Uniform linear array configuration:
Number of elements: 48
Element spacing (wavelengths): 0.5
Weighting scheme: cosine
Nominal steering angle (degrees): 15
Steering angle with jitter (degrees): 14.945
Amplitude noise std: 0.05
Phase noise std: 0.05

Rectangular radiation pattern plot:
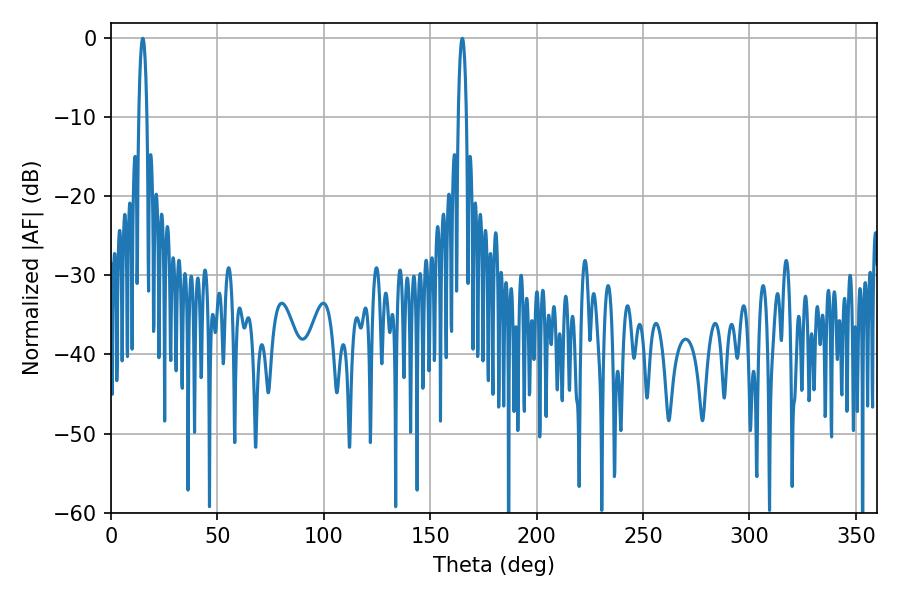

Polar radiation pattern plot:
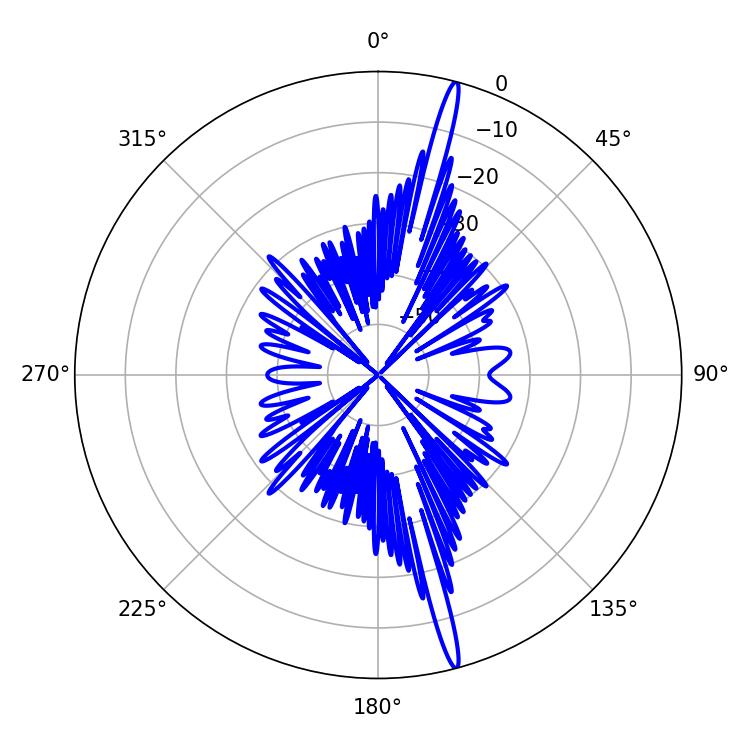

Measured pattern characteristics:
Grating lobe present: FALSE
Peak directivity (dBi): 19.513
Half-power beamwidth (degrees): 2.16
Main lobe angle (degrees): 14.94